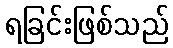
ရခြင်းဖြစ်သည်